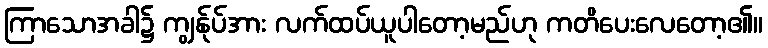
ကြာသောအခါ၌ ကျွန်ုပ်အား လက်ထပ်ယူပါတော့မည်ဟု ကတိပေးလေတော့၏။